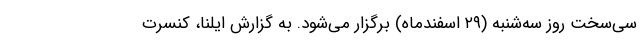
سی‌سخت روز سه‌شنبه (۲۹ اسفندماه) برگزار می‌شود. به گزارش ایلنا، کنسرت